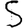
Digit: 5